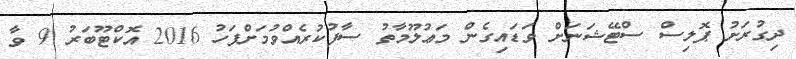
ދިގުރަށު ޕޮލިސް ސްޓޭޝަނަށް ވަޑައިގެން މަޢުލޫމާތު ސާފުކުރެއްވުމަށްފަހު 2016 އޮކްޓޫބަރު 9 ވާ